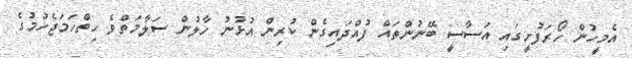
އެމީހުން ހޯރަފުށީގައި އަސާސީ ބޭނުންތައް ފުއްދައިގެން ކުރިން އުޅުނު ހާލުން ސަލާމަތްވެ ހިތްހަމަޖެހުމުގެ